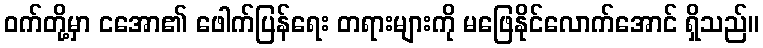
ဝက်တို့မှာ ငအော၏ ဖေါက်ပြန်ရေး တရားများကို မဖြေနိုင်လောက်အောင် ရှိသည်။